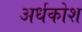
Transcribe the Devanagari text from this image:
अर्धकोश